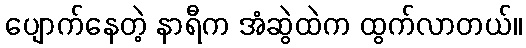
ပျောက်နေတဲ့ နာရီက အံဆွဲထဲက ထွက်လာတယ်။